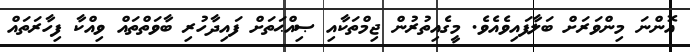
އޮންނަ މިންވަރަށް ބަލާފައިވެއެވެ. މީގެއިތުރުން ޖިމްތަކާއި ޞިއްޙަތަށް ފައިދާހުރި ބާވަތްތައް ވިއްކާ ފިހާރަތައް